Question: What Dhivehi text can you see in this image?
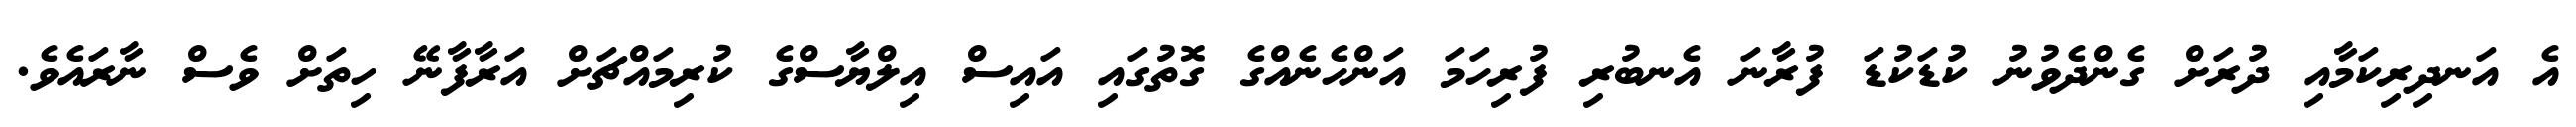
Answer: އެ އަނދިރިކަމާއި ދުރަށް ގެންދެވުނު ކުޑަކުޑަ ފުރާނަ އެނބުރި ފުރިހަމަ އަންހެނެއްގެ ގޮތުގައި އައިސް އިލްޔާސްގެ ކުރިމައްޗަށް އަރާފާނޭ ހިތަށް ވެސް ނާރައެވެ.